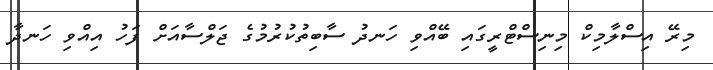
މިރޭ އިސްލާމިކް މިނިސްޓްރީގައި ބޭއްވި ހަނދު ސާބިތުކުރުމުގެ ޖަލްސާއަށް ފަހު އިއްވި ހަނދާ